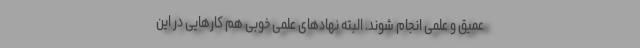
عمیق و علمی انجام شوند. البته نهادهای علمی خوبی هم کارهایی در این